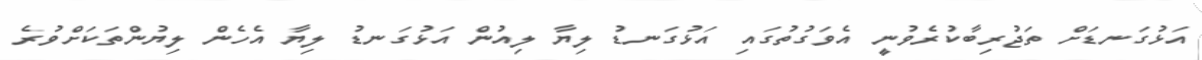
އަޅުގަނޑަށް ތަޖުރިބާކުރެވުނީ އެވަގުތުގައި އަޅުގަނޑު ލިޔާ ލިއުން އަޅުގަނޑު ލިޔާ އެހެން ލިޔުންތަކަށްވުރެ